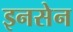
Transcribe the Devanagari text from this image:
इनसेन